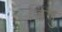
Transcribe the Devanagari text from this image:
जिंगु